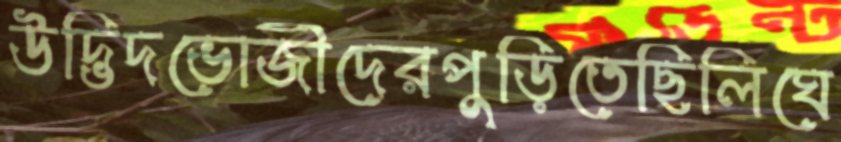
উদ্ভিদভোজীদেরপুড়িতেছিলিঘে